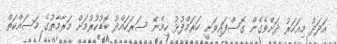
އަދަދު މިއަހަރު ދަށްވެގެން ގޮސްފައިވަނީ ހަރަމްފުޅު ހިމެނޭ ސަރަހައްދު ބޮޑުކުރުމަށް މަރާމާތުގެ މަސައްކަތް